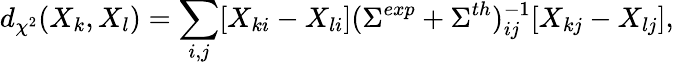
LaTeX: d_{\chi^{2}}(X_{k},X_{l})=\sum_{i,j}[X_{ki}-X_{li}](\Sigma^{exp}+\Sigma^{th})_{ij}^{-1}[X_{kj}-X_{lj}],